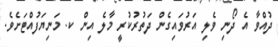
ދުއްވާ އެ ދޯނި ވެލި އަރުވައިގެން ދަތުރުކުރީ މާލެ އިން ކ. މަނިޔަފުއްޓަށެވެ.